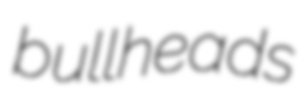
bullheads